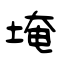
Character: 埯